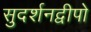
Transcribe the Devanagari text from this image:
सुदर्शनद्वीपो